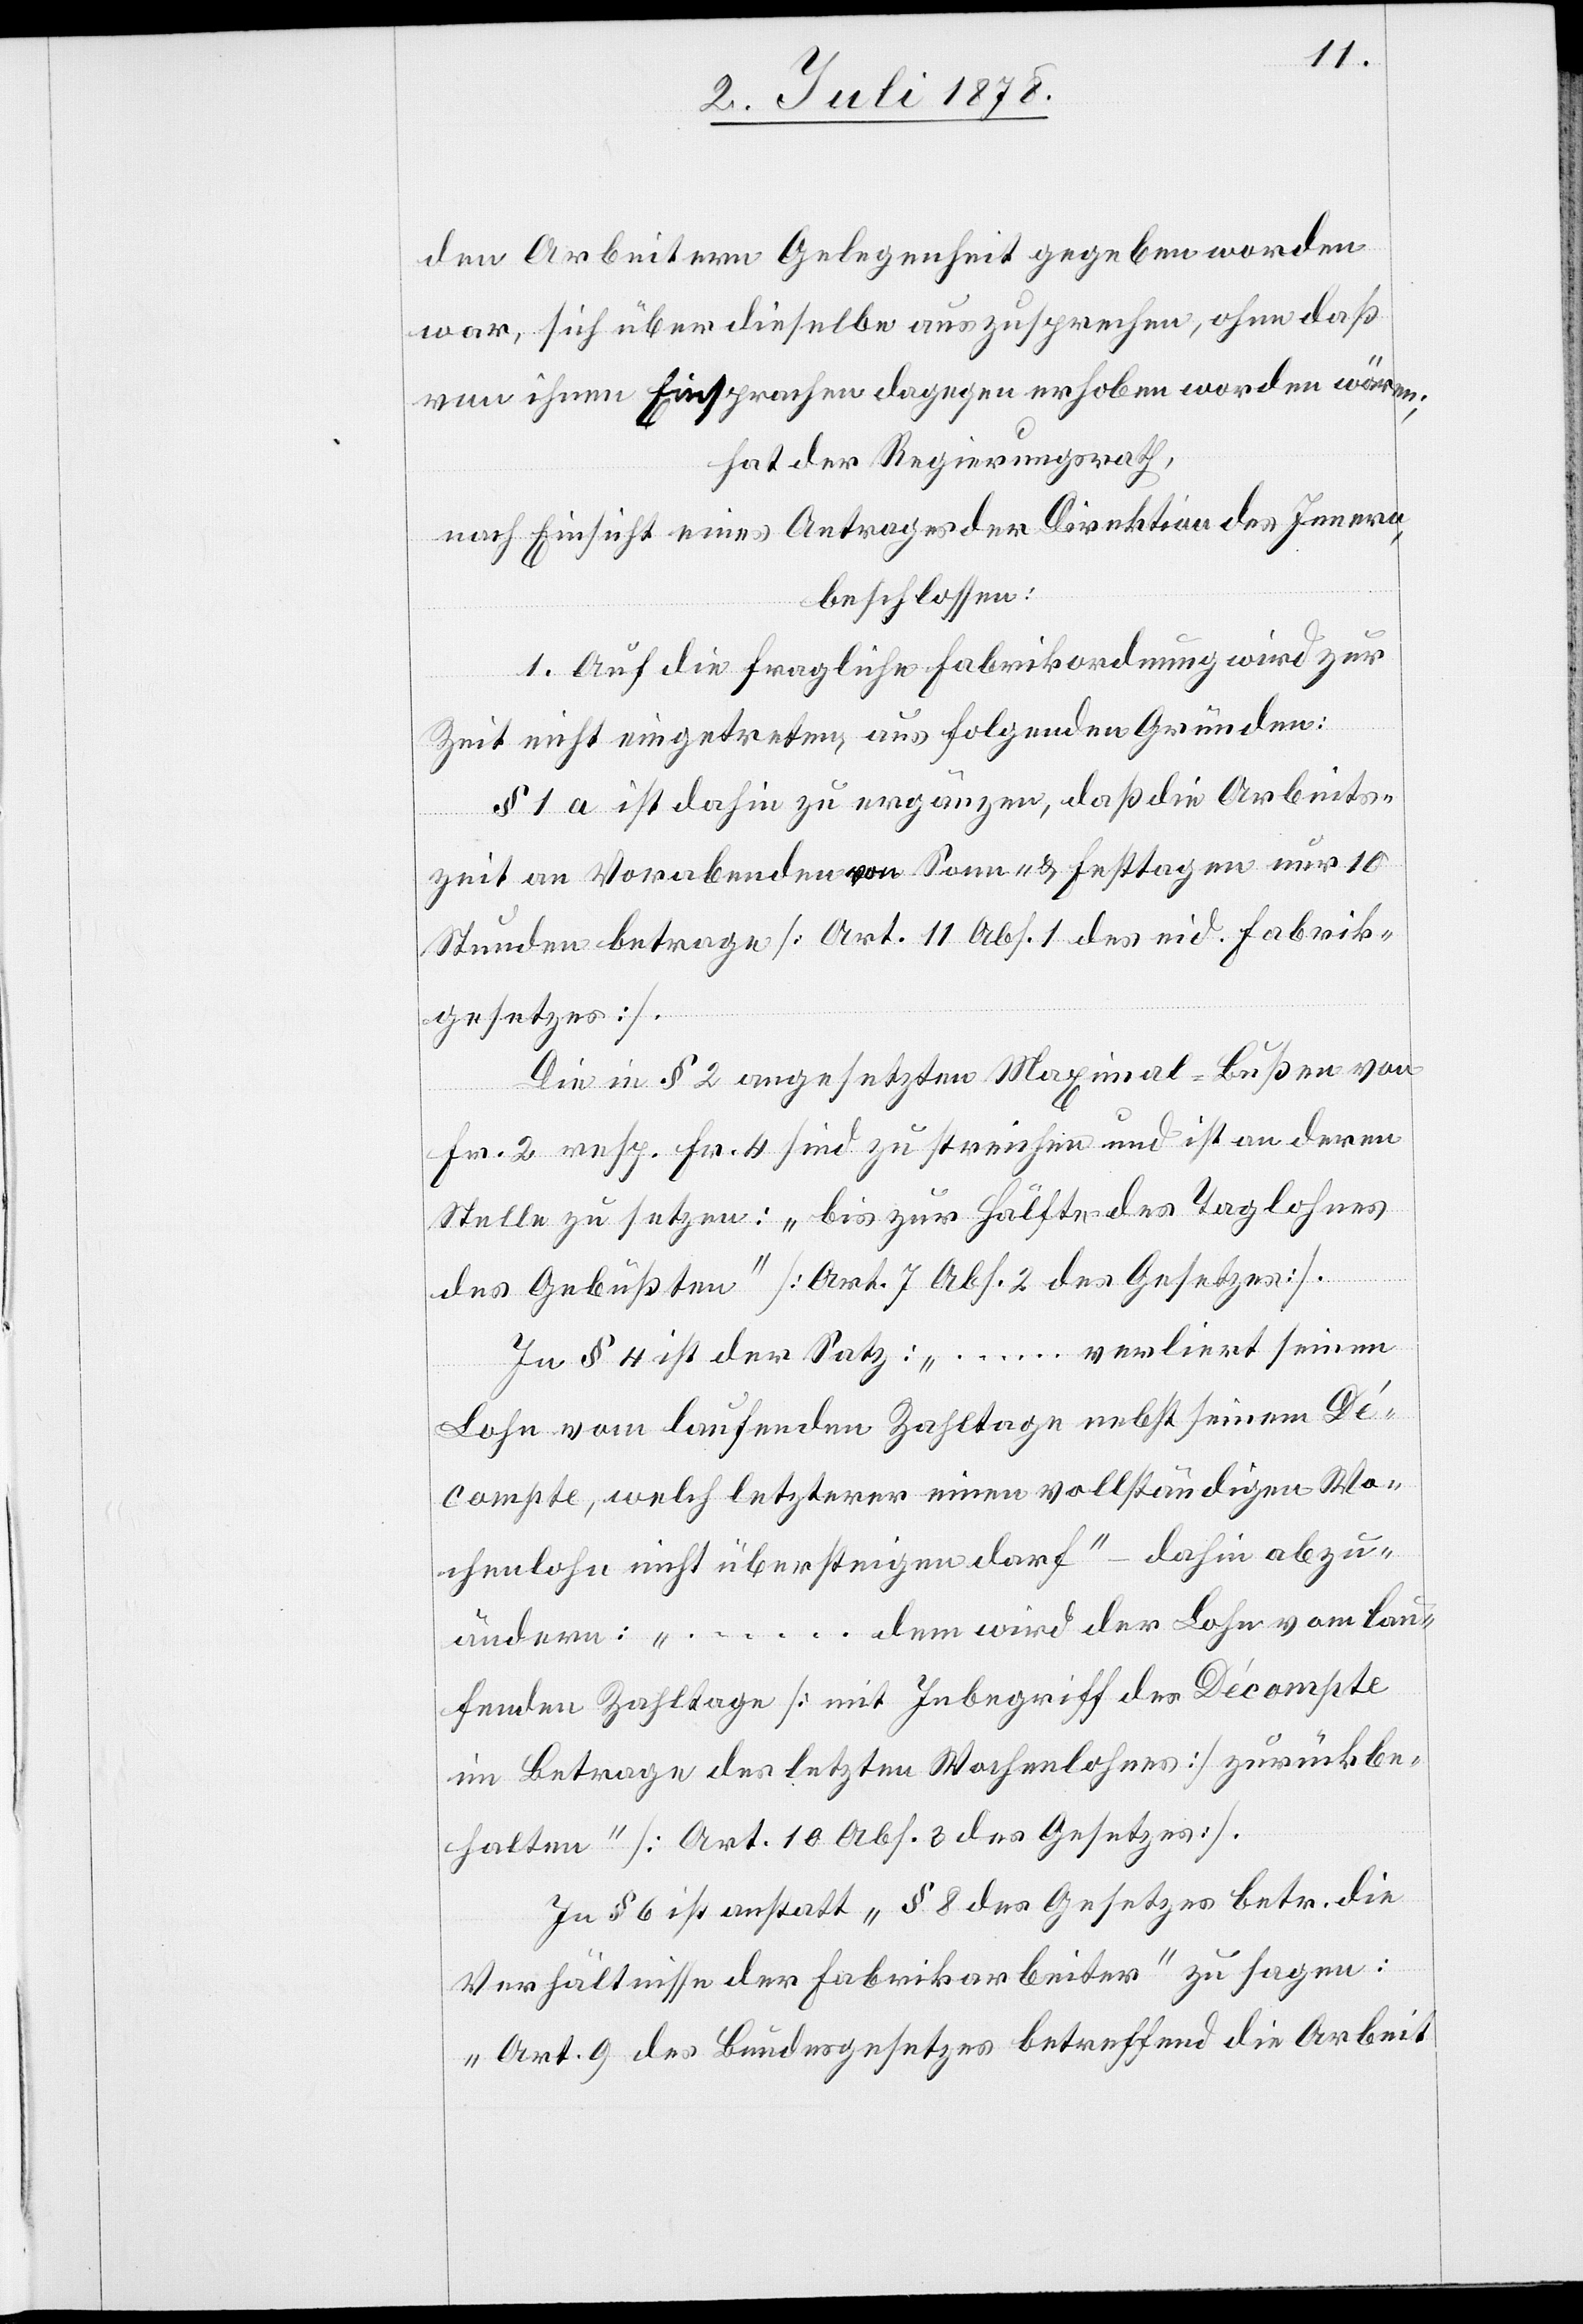
den Arbeitern Gelegenheit gegeben worden
war, sich über dieselbe auszusprechen, ohne daß
von ihnen Einsprachen dagegen erhoben worden wären;
hat der Regierungsrath,
nach Einsicht eines Antrages der Direktion des Innern,
beschlossen:
1. Auf die fragliche Fabrikordnung wird zur
Zeit nicht eingetreten, aus folgenden Gründen:
§ 1 a ist dahin zu ergänzen, daß die Arbeits¬
zeit an Vorabenden von Sonn- & Festtagen nur 10
Stunden betrage [Art. 11 Abs. 1 des eid. Fabrik¬
gesetzes].
Die in § 2 angesetzten Maximal-Bußen von
Fr. 2 resp. Fr. 4 sind zu streichen und ist an deren
Stelle zu setzen: „bis zur Hälfte des Taglohnes
des Gebüßten“ [Art. 7 Abs. 2 des Gesetzes].
In § 4 ist der Satz: „ … verliert seinen
Lohn vom laufenden Zahltage nebst seinem Dé¬
compte, welch letzterer einen vollständigen Wo¬
chenlohn nicht übersteigen darf“ – dahin abzu¬
ändern: „ … dem wird der Lohn vom lau¬
fenden Zahltage [mit Inbegriff der Décompte
im Betrage des letzten Wochenlohnes] zurückbe¬
halten“ [Art. 10 Abs. 3 des Gesetzes].
In § 6 ist anstatt „§ 8 des Gesetzes betr. die
Verhältnisse der Fabrikarbeiter“ zu sagen:
„Art. 9 des Bundesgesetzes betreffend die Arbeit